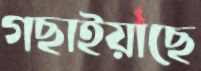
গছাইয়াছে